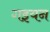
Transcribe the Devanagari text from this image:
गइयन